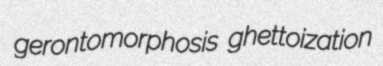
gerontomorphosis ghettoization